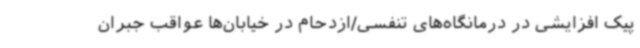
پیک افزایشی در درمانگاه‌های تنفسی/ازدحام در خیابان‌ها عواقب جبران